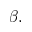
\beta .